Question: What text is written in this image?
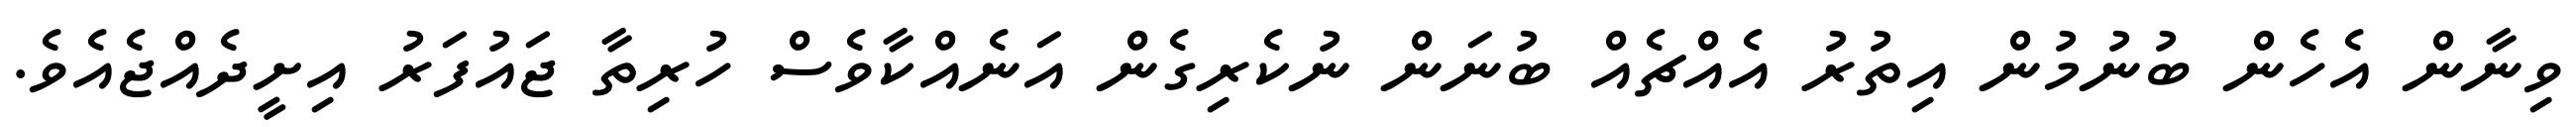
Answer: ވިނާން އެހެން ބުނުމުން އިތުރު އެއްޗެއް ބުނަން ނުކެރިގެން އަނެއްކާވެސް ހުރިތާ ޖައުފަރު އިށީދެއްޖެއެވެ.